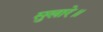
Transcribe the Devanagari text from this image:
सुखारे॥